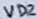
Text: VD2